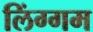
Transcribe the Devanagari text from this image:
लिंग्गम